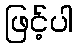
ဖြင့်ပါ